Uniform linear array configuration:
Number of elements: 16
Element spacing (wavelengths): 0.5
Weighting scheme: blackman
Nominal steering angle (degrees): -60
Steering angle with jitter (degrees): -58.0
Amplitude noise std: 0.05
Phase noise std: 0.05

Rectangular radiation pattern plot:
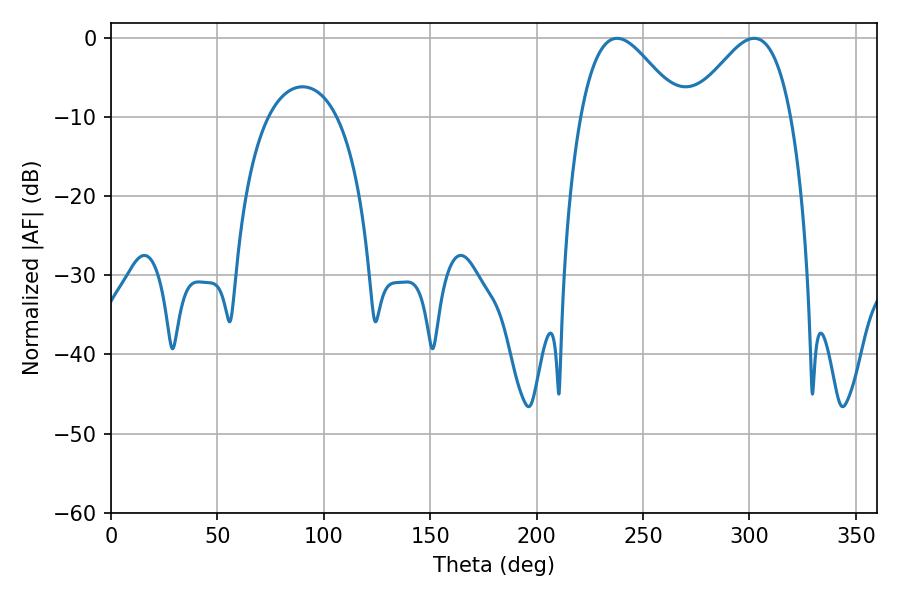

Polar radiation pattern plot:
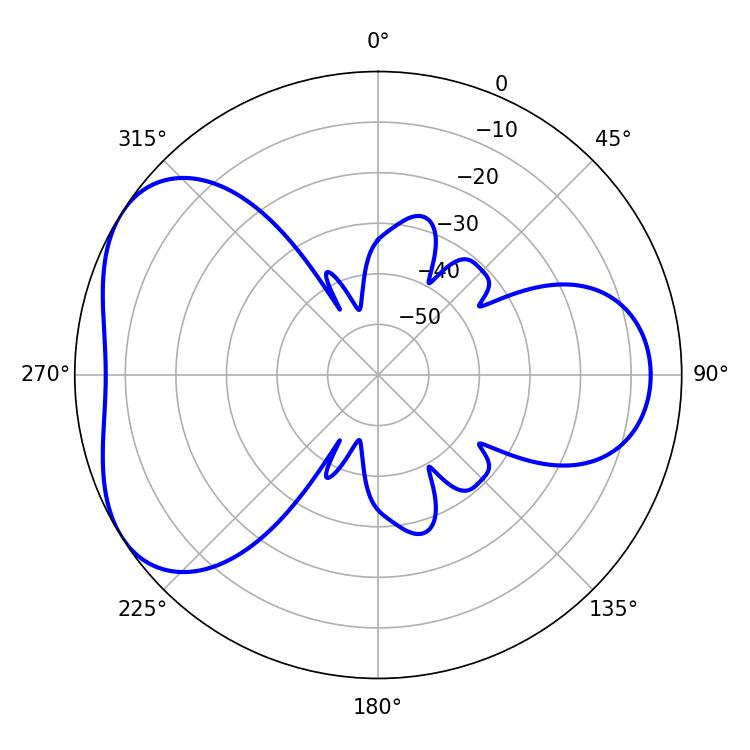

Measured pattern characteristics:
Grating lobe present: FALSE
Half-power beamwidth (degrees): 25.2
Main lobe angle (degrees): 237.78